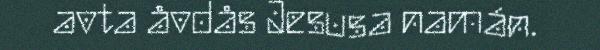
avta åvdås Jesusa namán.